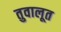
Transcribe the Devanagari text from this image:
तुवालूत